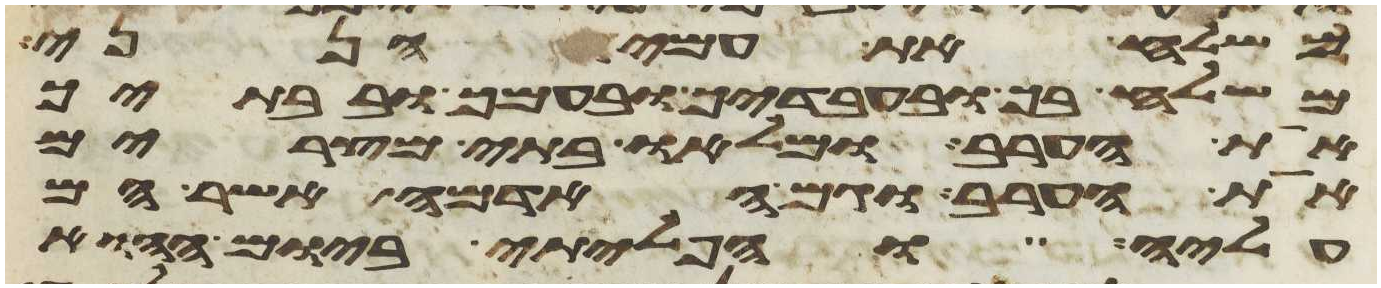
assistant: משלח את עמי הנני
משלח בך ובעבדיך ובעמך ובבתיך
את הערב ומלאו בתי מצרים
את הערב וגם האדמה אשר הם
עליה והפליתי ביום ההוא